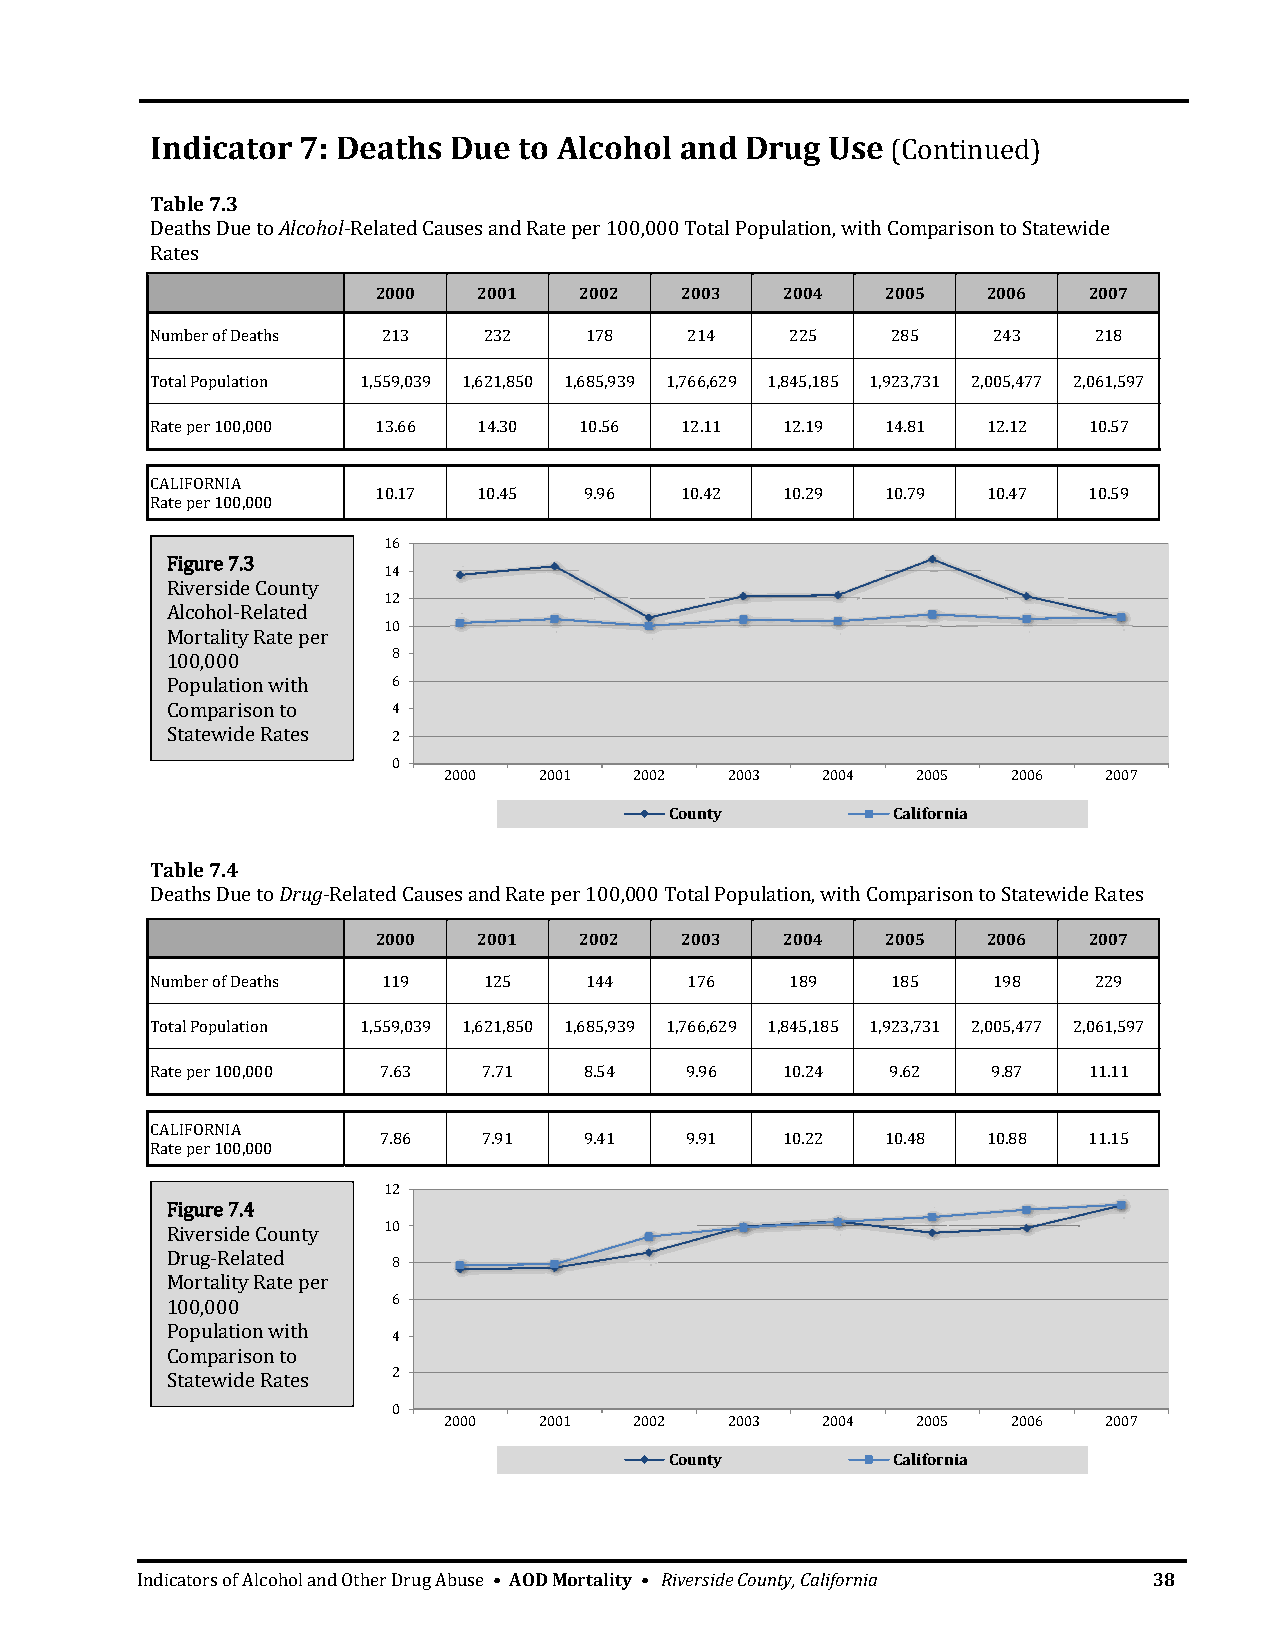
Indicator 7: Deaths Due to Alcohol and Drug  Use (Continued)
 Table 7.3
 Deaths Due to Alcohol‐Related Causes and Rate per 100,000 Total Population, with Comparison to Statewide
 Rates
 2000   2001  2002   2003   2004   2005  2006   2007
 Number of Deaths 213  232    178    214   225    285    243   218
 Total Population 1,559,039 1,621,850 1,685,939 1,766,629 1,845,185 1,923,731 2,005,477 2,061,597
 Rate per 100,000 13.66 14.30 10.56 12.11  12.19  14.81 12.12  10.57
 CALIFORNIA
 10.17  10.45  9.96  10.42  10.29  10.79 10.47  10.59
 Rate per 100,000
 16
 Figure 7.3
 14
 Riverside County
 12
 Alcohol‐Related
 10
 Mortality Rate per
 100,000        8
 Population with 6
 Comparison to  4
 Statewide Rates 2
 0
 2000   2001  2002  2003  2004   2005  2006  2007
 County         California
 Table 7.4
 Deaths Due to Drug‐Related Causes and Rate per 100,000 Total Population, with Comparison to Statewide Rates
 2000   2001  2002   2003   2004   2005  2006   2007
 Number of Deaths 119  125    144    176   189    185    198   229
 Total Population 1,559,039 1,621,850 1,685,939 1,766,629 1,845,185 1,923,731 2,005,477 2,061,597
 Rate per 100,000 7.63 7.71   8.54  9.96   10.24  9.62   9.87  11.11
 CALIFORNIA
 7.86   7.91   9.41  9.91   10.22  10.48 10.88  11.15
 Rate per 100,000
 12
 Figure 7.4
 Riverside County 10
 Drug‐Related
 8
 Mortality Rate per
 100,000        6
 Population with
 4
 Comparison to
 Statewide Rates 2
 0
 2000   2001  2002  2003  2004   2005  2006  2007
 County         California
 Indicators of Alcohol and Other Drug Abuse • AOD Mortality • Riverside County, California 38